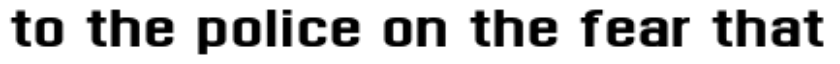
to the police on the fear that